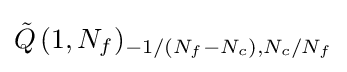
{\tilde {Q}}\,(1,N_{f})_{-1/(N_{f}-N_{c}),N_{c}/N_{f}}